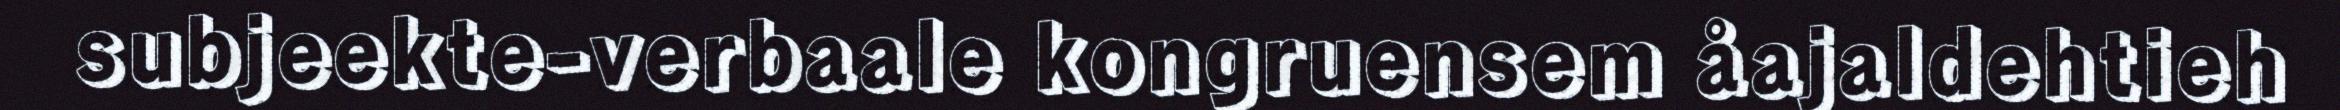
subjeekte-verbaale kongruensem åajaldehtieh